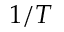
1 / T